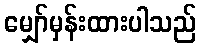
မျှော်မှန်းထားပါသည်